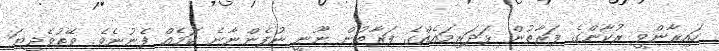
ހައިރާންވީ ރުކާންގެ ފަރާތުން ޅަދަރިމައެއްގެ ފަރާތުން ނޫނީ ނުފެންނާނެ ކަމެއް ފެނުނެވެ. ވޭތުވެދިޔަ